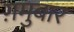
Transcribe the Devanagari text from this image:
ग़मुबार